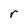
Character: r